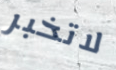
لاتخبر